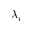
\lambda _ { i }